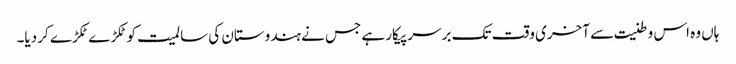
ہاں وہ اس وطنیت سے آخری وقت تک برسر پیکار ہے جس نے ہندوستان کی سالمیت کو ٹکڑے ٹکڑے کر دیا۔